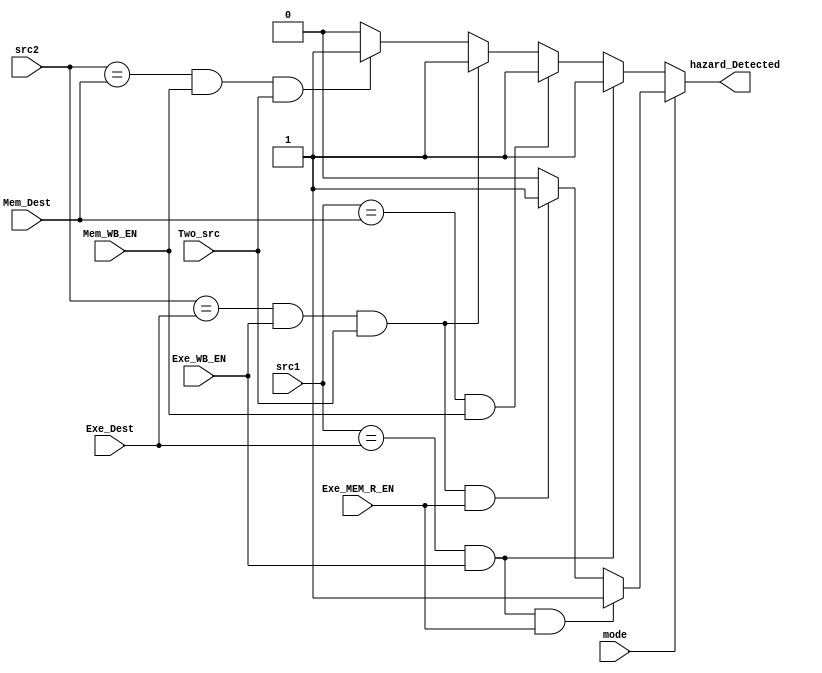
module hazard_Detection_unit(
    input [3:0]src1,
    input [3:0]src2,
    input [3:0]Exe_Dest,
    input Exe_WB_EN,
    input [3:0]Mem_Dest,
    input Mem_WB_EN,
    input Exe_MEM_R_EN,
    input Two_src,
    input mode,
    output hazard_Detected);

    wire hazard_Detected_0,hazard_Detected_1;

    assign hazard_Detected_0=((src1==Exe_Dest)&Exe_WB_EN)?1'b1:
                            ((src1==Mem_Dest)&Mem_WB_EN)?1'b1:
                            ((src2==Exe_Dest)&Exe_WB_EN&Two_src)?1'b1:
                            ((src2==Mem_Dest)&Mem_WB_EN&Two_src)?1'b1:1'b0;
    assign hazard_Detected_1=((src1==Exe_Dest)&Exe_WB_EN&Exe_MEM_R_EN)?1'b1:
                            ((src2==Exe_Dest)&Exe_WB_EN&Two_src&Exe_MEM_R_EN)?1'b1:1'b0;

    assign hazard_Detected=(mode==0)?hazard_Detected_0:hazard_Detected_1;

endmodule